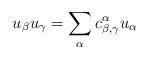
LaTeX: \begin{align*}u_{\beta}u_{\gamma}=\sum_{\alpha}c_{\beta,\gamma}^{\alpha}u_{\alpha}\end{align*}